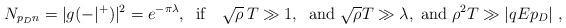
LaTeX: \begin{align*}N_{p_D n} = |g(-|^+)|^2 = e^{-\pi\lambda},\;\; \mbox{if}\quad \sqrt{\rho}\,T\gg 1,\;\;\mbox{and}\;\sqrt{\rho} T\gg \lambda, \; \mbox{and} \; \rho^2 T\gg |qEp_D|\;,\end{align*}